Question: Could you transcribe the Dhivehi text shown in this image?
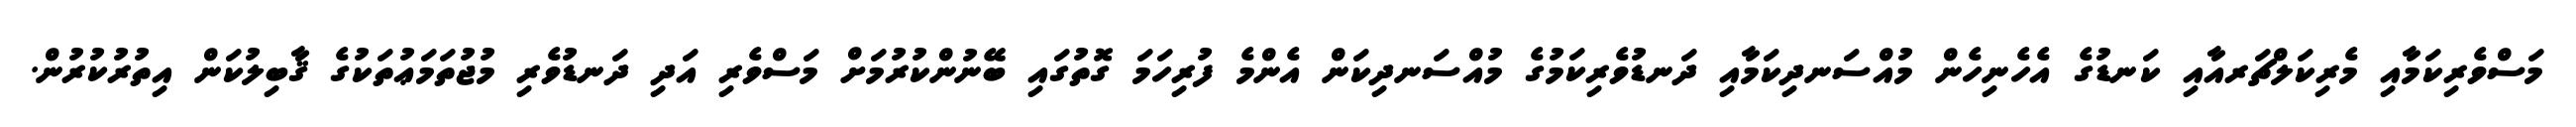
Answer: މަސްވެރިކަމާއި މެރިކަލްޗަރއާއި ކަނޑުގެ އެހެނިހެން މުއްސަނދިކަމާއި ދަނޑުވެރިކަމުގެ މުއްސަނދިކަން އެންމެ ފުރިހަމަ ގޮތުގައި ބޭނުންކުރުމަށް މަސްވެރި އަދި ދަނޑުވެރި މުޖުތަމަޢުތަކުގެ ޤާބިލުކަން އިތުރުކުރުން.